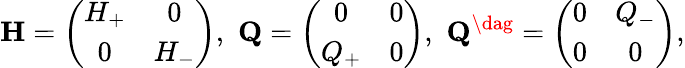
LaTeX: {\mathbf H}=\left(\begin{array}{cc}{H_{+}}&{0}\\ {0}&{H_{-}}\end{array}\right),\, \, {\mathbf Q}=\left(\begin{array}{cc}{0}&{0}\\ {Q_{+}}&{0}\end{array}\right),\, \, {\mathbf Q}^{\dag}=\left(\begin{array}{cc}{0}&{Q_{-}}\\ {0}&{0}\end{array}\right),